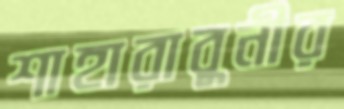
শাহারাবুনীর